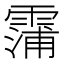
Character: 𮦫